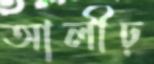
আলীঢ়